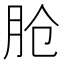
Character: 𬁸